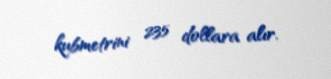
kubmetrini 235 dollara alır.